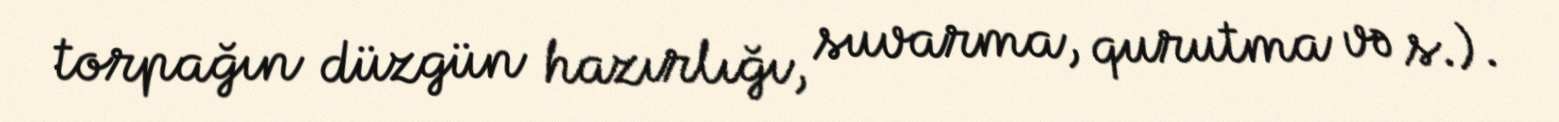
torpağın düzgün hazırlığı, suvarma, qurutma və s.).